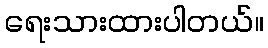
ရေးသားထားပါတယ်။